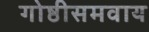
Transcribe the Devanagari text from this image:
गोष्ठीसमवाय